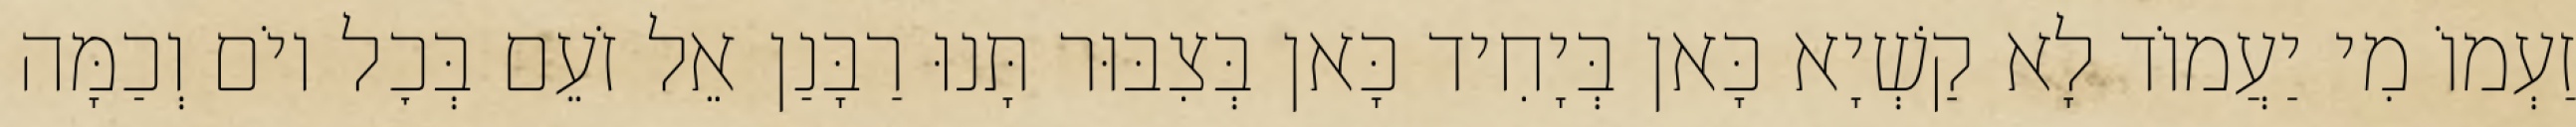
זַעְמוֹ מִי יַעֲמוֹד לָא קַשְׁיָא כָּאן בְּיָחִיד כָּאן בְּצִבּוּר תָּנוּ רַבָּנַן אֵל זֹעֵם בְּכׇל יוֹם וְכַמָּה